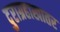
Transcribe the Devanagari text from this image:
दुराग्रहाखातर